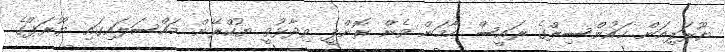
ޔޫރަޕިއަން ކައުންސިލްގެ ރައީސް ހާމަން ވެން ރޮންޕީ ވިދާޅުވީ ޔުކްރޭން މައްސަލައިގައި ޔޫރަޕްގެ